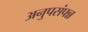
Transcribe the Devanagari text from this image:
अनुपसंपन्न